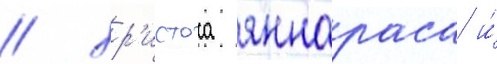
/ хр'истоса яннараса и́